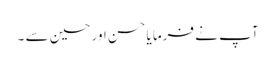
آپ نے فرما یا حسن اور حسین سے ۔